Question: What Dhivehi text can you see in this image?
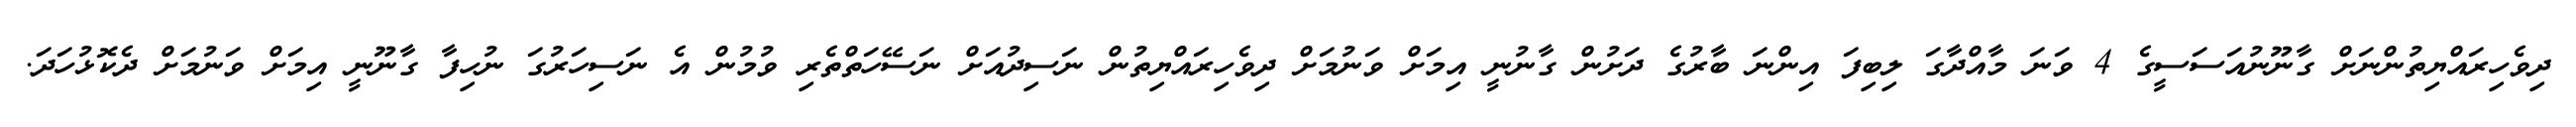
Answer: ދިވެހިރައްޔިތުންނަށް ގާނޫނުއަސަސީގެ 4 ވަނަ މާއްދާގަ ލިބިފަ އިންނަ ބާރުގެ ދަށުން ގާނުނީ އިމަށް ވަނުމަށް ދިވެހިރައްޔިތުން ނަސިދުއަށް ނަސޭހަތްތެރި ވުމުން އެ ނަސިހަރުގަ ނުހިފާ ގާނޫނީ އިމަށް ވަނުމަށް ދެކޮޅުހަދަ.